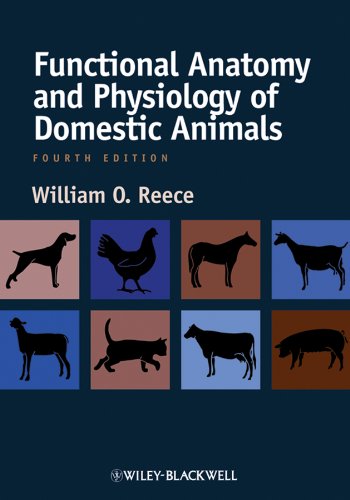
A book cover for Functional Anatomy and Physiology of Domestic Animals; William O. Reece; Medical Books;